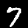
Label: 7